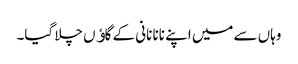
وہاں سے میں اپنے نانا نانی کے گاﺅں چلا گیا۔